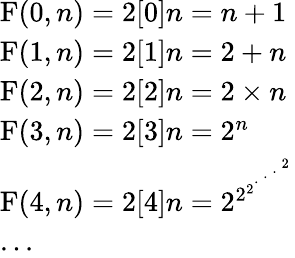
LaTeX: \begin{array}{lr}{\operatorname{F}(0,n)=2[0]n=n+1}\\ {\operatorname{F}(1,n)=2[1]n=2+n}\\ {\operatorname{F}(2,n)=2[2]n=2\times n}\\ {\operatorname{F}(3,n)=2[3]n=2^{n}}\\ {\operatorname{F}(4,n)=2[4]n=2^{2^{2^{{}^{.\, ^{.\, ^{.\, ^{2}}}}}}}}\\ {...}\end{array}